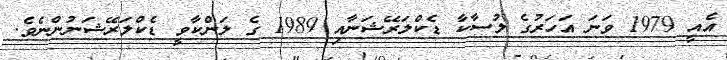
އެއީ 1979 ވަނަ އަހަރުގެ ލުސާކާ ޑެކްލަރޭޝަނާއި 1989 ގެ ލަންކާވީ ޑެކްލަރޭޝަނުންނެވެ.